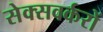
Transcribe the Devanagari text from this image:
सेक्सवर्करों